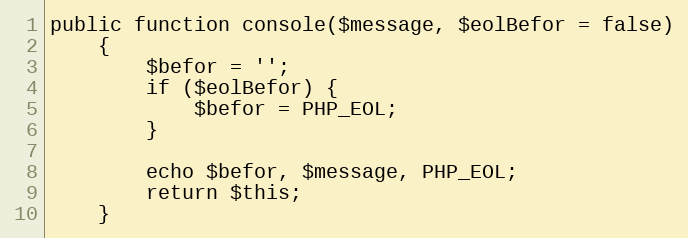
Language: PHP
public function console($message, $eolBefor = false)
    {
        $befor = '';
        if ($eolBefor) {
            $befor = PHP_EOL;
        }

        echo $befor, $message, PHP_EOL;
        return $this;
    }